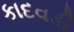
કાદવડી